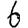
Digit: 6